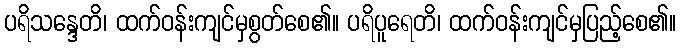
ပရိသန္ဒေတိ၊ ထက်ဝန်းကျင်မှစွတ်စေ၏။ ပရိပူရေတိ၊ ထက်ဝန်းကျင်မှပြည့်စေ၏။